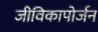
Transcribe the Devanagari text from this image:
जीविकापोर्जन